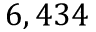
6 , 4 3 4